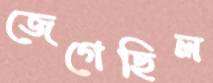
জেগেছিল